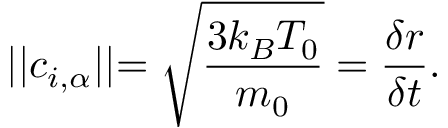
\lvert \lvert c _ { i , \alpha } \lvert \lvert = \sqrt { \frac { 3 k _ { B } T _ { 0 } } { m _ { 0 } } } = \frac { \delta r } { \delta t } .